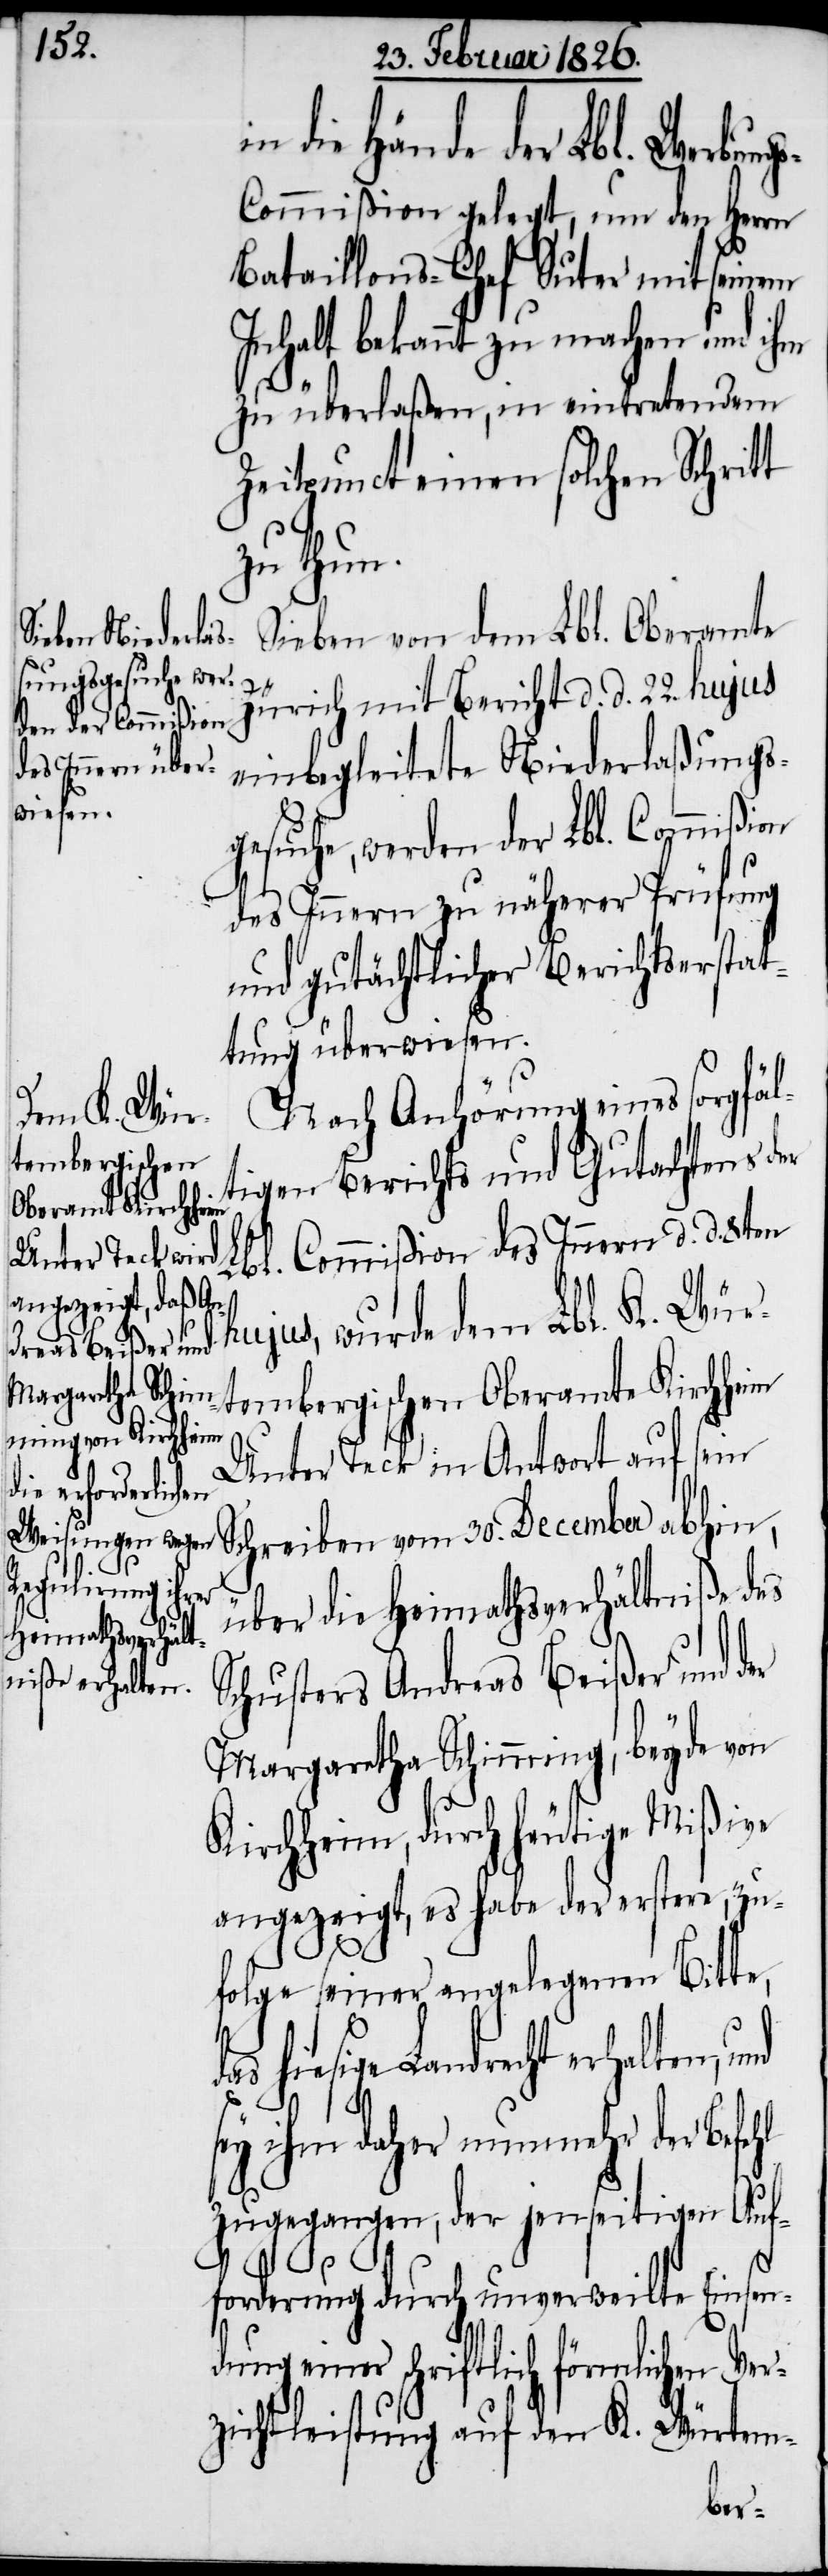
die Hände der Lbl. Werbung¬
s-Commißion gelegt, um den Herrn
Bataillons-Chef Suter mit seinem
Inhalt bekannt zu machen und ihm
zu überlaßen, in eintretendem
Zeitpunct einen solchen Schritt
zu thun.
Sieben von dem Lbl. Oberamte
Zürich mit Bericht d. d. 22. hujus
einbegleitete Niederlaßungs¬
gesuche, werden der Lbl. Commißion
des Innern zu näherer Prüfung
und gutächtlicher Berichtserstat¬
tung überwiesen.
Nach Anhörung eines sorgfäl¬
tigen Berichts und Gutachtens der
Lbl. Commißion des Innern d. d. 8ten
hujus, wurde dem Lbl. K. Wür¬
tembergischen Oberamte Kirchheim
Unter Teck in Antwort auf sein
Schreiben vom 30. December abhin,
über die Heimathsverhältniße des
Schusters Andreas Beißer und der
Margaretha Schimming, beyde von
Kirchheim, durch heutige Mißive
angezeigt, es habe der erstere, zu¬
folge seiner angelegenen Bitte,
hiesige Landrecht erhalten,
sey ihm daher nunmehr der Befehl
zugegangen, der jenseitigen Auf¬
forderung durch unverweilte Einsen¬
dung einer schriftlichen förmlichen
zichtleistung auf den K. Würtem-
Ver¬